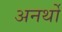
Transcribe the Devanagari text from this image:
अनर्थो